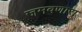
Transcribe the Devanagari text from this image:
जमवणारा